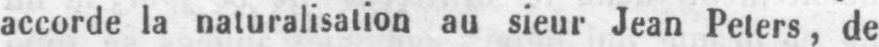
accorde la naturalisation au sieur Jean Peters, de